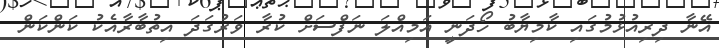
އޭނާ ދިރިއުޅުމުގައި ކާމިޔާބު ހޯދަނީ އަމިއްލަ ނަފްސަށް ކުރާ ވަރުގަދަ އިތުބާރާއެކު ކަންކަން